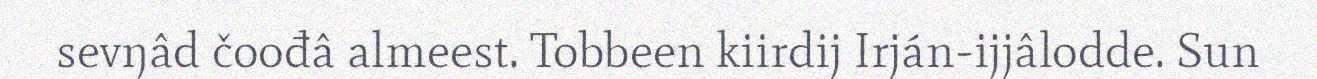
sevŋâd čoođâ almeest. Tobbeen kiirdij Irján-ijjâlodde. Sun